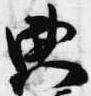
典